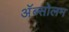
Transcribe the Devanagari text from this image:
अॅब्सोलम